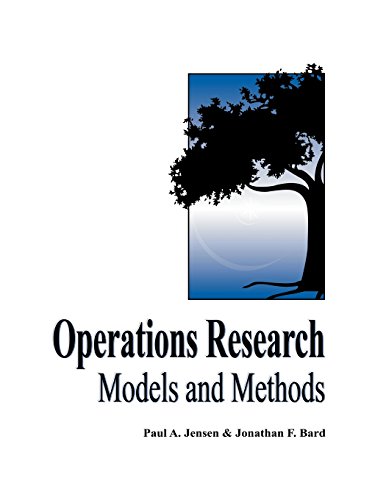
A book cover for Operations Research Models and Methods; Paul A. Jensen; Business & Money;